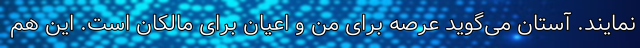
نمایند. آستان می‌گوید عرصه برای من و اعیان برای مالکان است. این هم